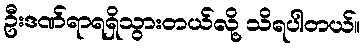
ဦးဒဏ်ရာရရှိသွားတယ်လို့ သိရပါတယ်။